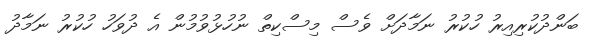
ބަންދުކުރިއިރު ހުކުރު ނަމާދަށް ވެސް މިސްކިތް ނުހުޅުވުމުން އެ ދުވަހު ހުކުރު ނަމާދު